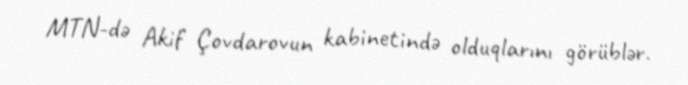
MTN-də Akif Çovdarovun kabinetində olduqlarını görüblər.